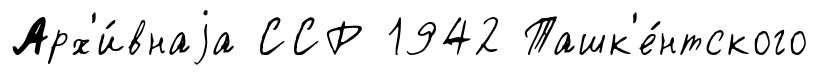
Арх'и́внаjа ССР 1942 Ташк'е́нтского